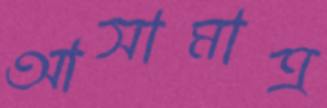
আসামাত্র